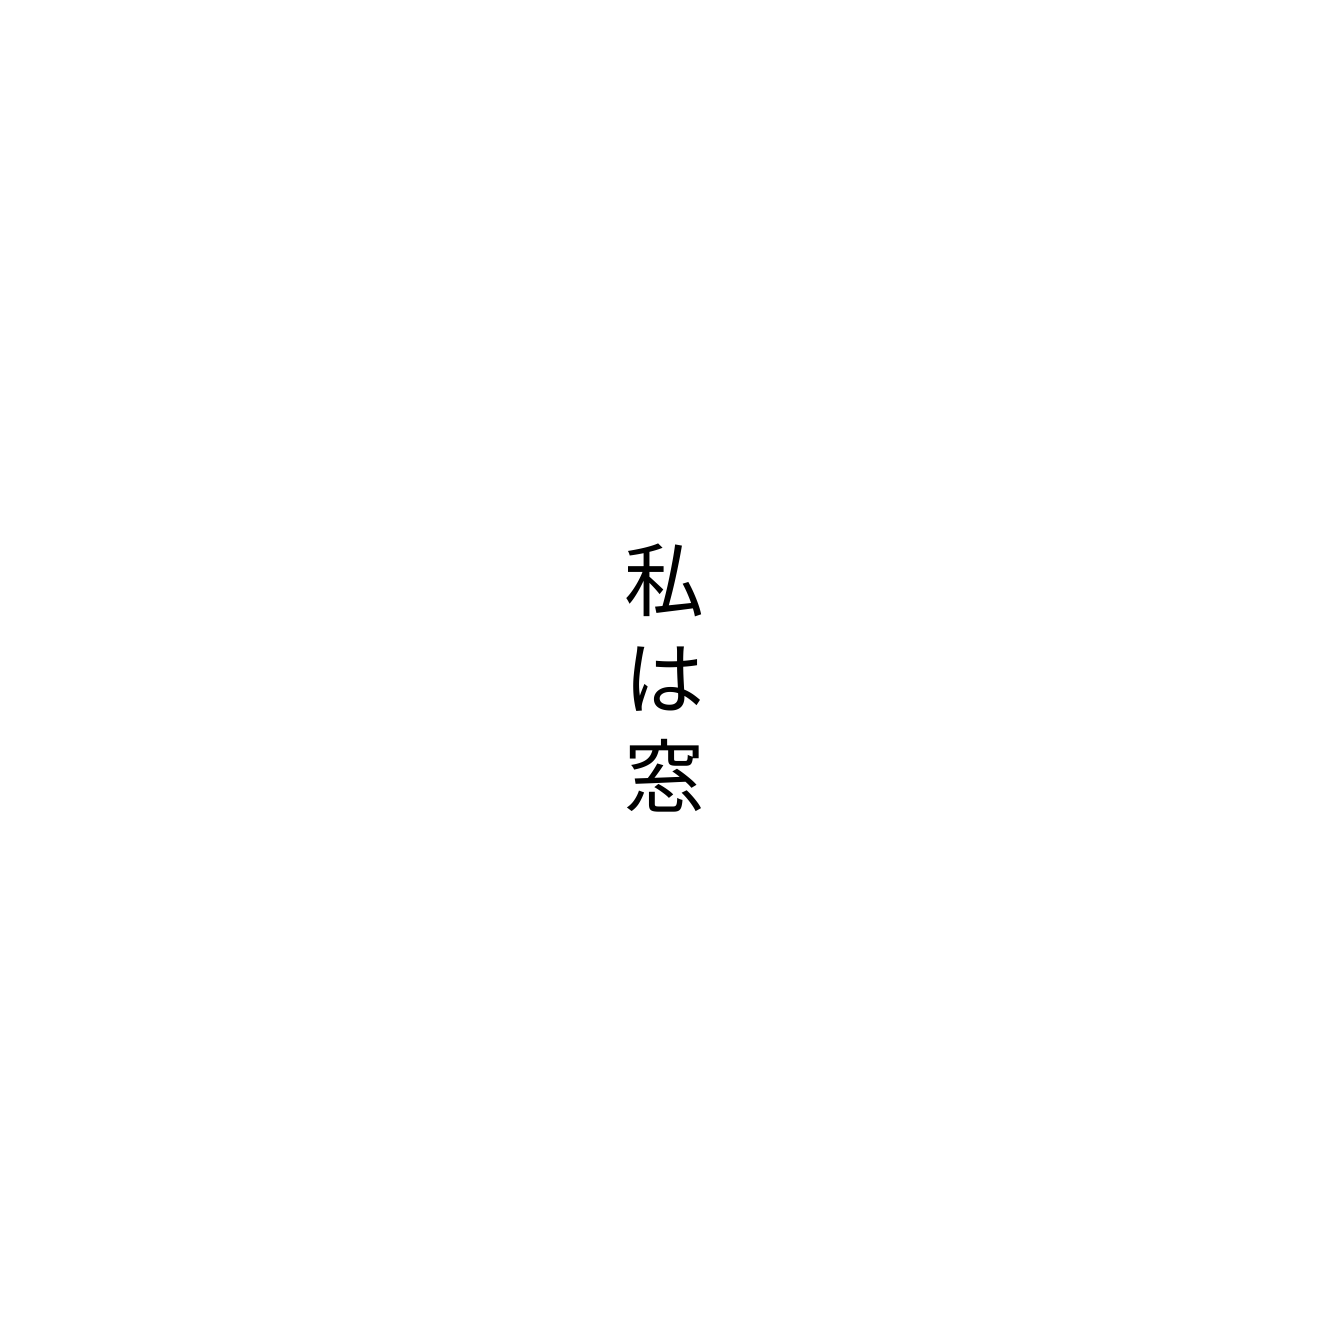
私は窓